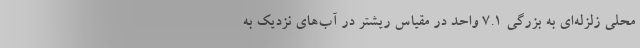
محلی زلزله‌ای به بزرگی 7.1 واحد در مقیاس ریشتر در آب‌های نزدیک به